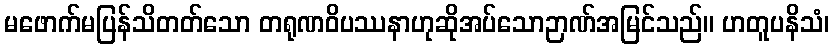
မဖောက်မပြန်သိတတ်သော တရုဏဝိပဿနာဟုဆိုအပ်သောဉာဏ်အမြင်သည်။ ဟတူပနိသံ၊